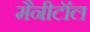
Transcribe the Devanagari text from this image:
मैनीटॉल